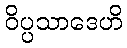
ဝိပ္ပသာဒေဟိ